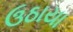
ઉઠાયા